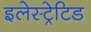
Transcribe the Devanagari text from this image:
इलेस्‍ट्रेटिड